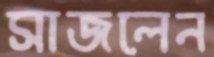
সাজলেন